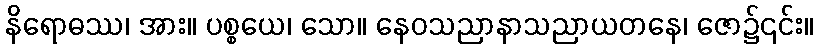
နိရောဓဿ၊ အား။ ပစ္စယေ၊ သော။ နေဝသညာနာသညာယတနေ၊ ဇော၌၎င်း။